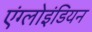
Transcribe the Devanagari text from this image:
एंग्लोइंडियन